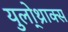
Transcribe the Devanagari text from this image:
युलो्थ्राक्स